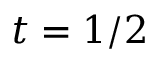
t = 1 / 2